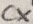
Text: CX